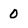
Character: 0